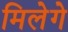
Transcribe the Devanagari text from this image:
मिलेगे